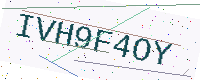
Text: IVH9F4OY